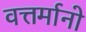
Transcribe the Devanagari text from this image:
वत्तर्मानो